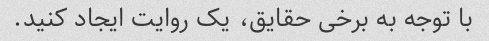
با توجه به برخی حقایق، یک روایت ایجاد کنید.